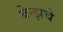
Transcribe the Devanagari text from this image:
बेन्झचे